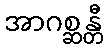
အာဂစ္ဆန္တီ